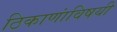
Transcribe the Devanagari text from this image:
ठिकाणांविषयी